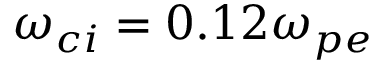
\omega _ { c i } = 0 . 1 2 \omega _ { p e }